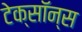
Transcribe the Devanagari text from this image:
टेक्सॉन्स